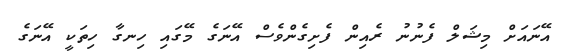
އޭނައަށް މިޝަލް ފެނުނު ރެއިން ފެށިގެންވެސް އޭނަގެ މޭގައި ހިނގާ ހިތަކީ އޭނަގެ